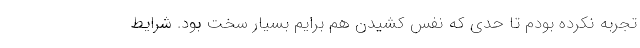
تجربه نکرده بودم تا حدی که نفس کشیدن هم برایم بسیار سخت بود. شرایط